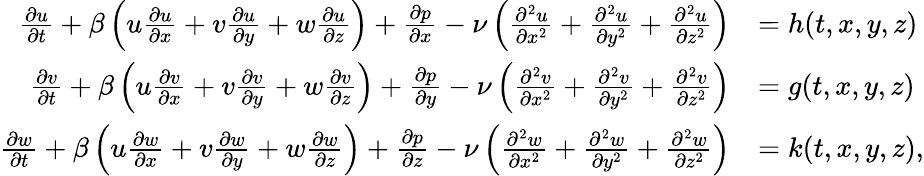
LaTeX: \begin{array}{rl}{\frac{\partial u}{\partial t}+\beta\left(u\frac{\partial u}{\partial x}+v\frac{\partial u}{\partial y}+w\frac{\partial u}{\partial z}\right)+\frac{\partial p}{\partial x}-\nu\left(\frac{\partial^{2}u}{\partial x^{2}}+\frac{\partial^{2}u}{\partial y^{2}}+\frac{\partial^{2}u}{\partial z^{2}}\right)}&{=h(t,x,y,z)}\\ {\frac{\partial v}{\partial t}+\beta\left(u\frac{\partial v}{\partial x}+v\frac{\partial v}{\partial y}+w\frac{\partial v}{\partial z}\right)+\frac{\partial p}{\partial y}-\nu\left(\frac{\partial^{2}v}{\partial x^{2}}+\frac{\partial^{2}v}{\partial y^{2}}+\frac{\partial^{2}v}{\partial z^{2}}\right)}&{=g(t,x,y,z)}\\ {\frac{\partial w}{\partial t}+\beta\left(u\frac{\partial w}{\partial x}+v\frac{\partial w}{\partial y}+w\frac{\partial w}{\partial z}\right)+\frac{\partial p}{\partial z}-\nu\left(\frac{\partial^{2}w}{\partial x^{2}}+\frac{\partial^{2}w}{\partial y^{2}}+\frac{\partial^{2}w}{\partial z^{2}}\right)}&{=k(t,x,y,z),}\end{array}